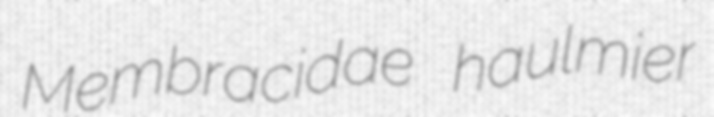
Membracidae haulmier